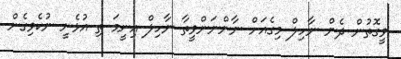
ވީގޮތުން ދެން ނާހިލް މިގެއަށް ނާންނަންވީތާ ނާހިލް އިނީމަ ތި އުޅެނީ ނުކެވިގެން